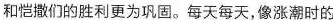
和恺撒们的胜利更为巩固。每天每天，像涨潮时的